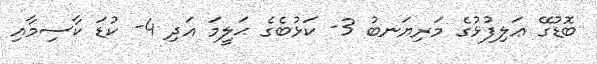
ބޮޑުގޭ ޢަލިފުޅުގެ މަރިޔަނބު 3- ކަޅުބެގެ ޙަލީމަ އަދި 4- ކުޑަ ކާސިމާއި